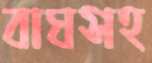
বাঘসহ